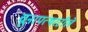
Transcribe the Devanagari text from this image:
चूनापत्थरटीले